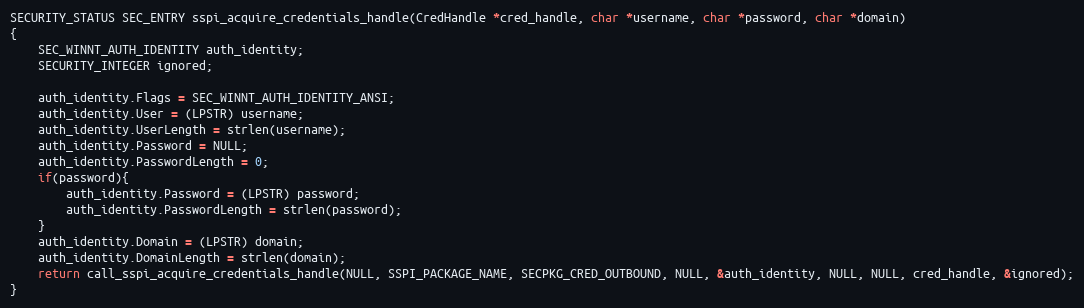
Language: C
SECURITY_STATUS SEC_ENTRY sspi_acquire_credentials_handle(CredHandle *cred_handle, char *username, char *password, char *domain)
{
	SEC_WINNT_AUTH_IDENTITY auth_identity;
	SECURITY_INTEGER ignored;

	auth_identity.Flags = SEC_WINNT_AUTH_IDENTITY_ANSI;
	auth_identity.User = (LPSTR) username;
	auth_identity.UserLength = strlen(username);
	auth_identity.Password = NULL;
	auth_identity.PasswordLength = 0;
	if(password){
		auth_identity.Password = (LPSTR) password;
		auth_identity.PasswordLength = strlen(password);
	}
	auth_identity.Domain = (LPSTR) domain;
	auth_identity.DomainLength = strlen(domain);
	return call_sspi_acquire_credentials_handle(NULL, SSPI_PACKAGE_NAME, SECPKG_CRED_OUTBOUND, NULL, &auth_identity, NULL, NULL, cred_handle, &ignored);
}